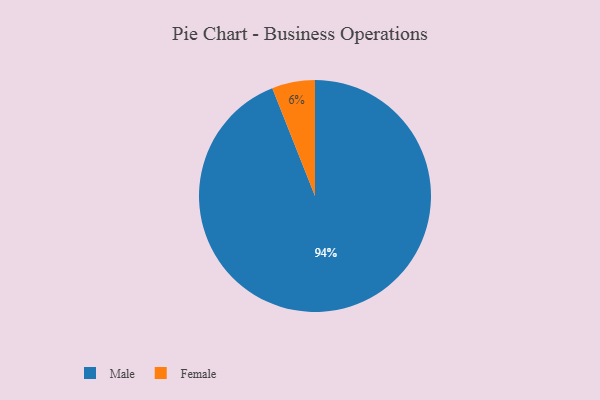
{"axis": {"x": "Category", "y": "Percentage"}, "legend": ["Female", "Male"], "data": [{"x": "Male", "y": 94, "type": "Male"}, {"x": "Female", "y": 6, "type": "Female"}]}